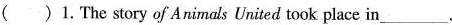
()1.The story of Animals United took place in ___.